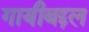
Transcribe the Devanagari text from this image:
गायीबद्दल